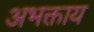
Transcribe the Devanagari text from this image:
अभक्ताय